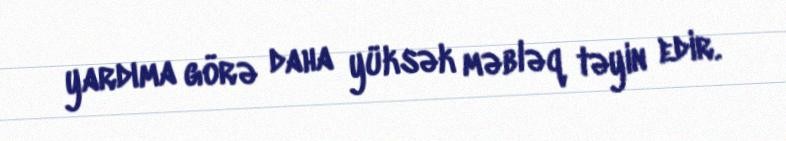
yardıma görə daha yüksək məbləq təyin edir.